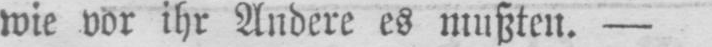
wie vor ihr Andere es mußten. -